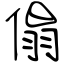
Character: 傝